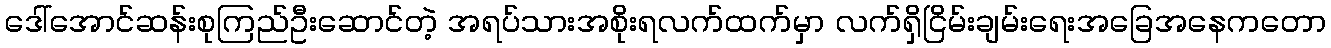
ဒေါ်အောင်ဆန်းစုကြည်ဦးဆောင်တဲ့ အရပ်သားအစိုးရလက်ထက်မှာ လက်ရှိငြိမ်းချမ်းရေးအခြေအနေကတော